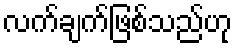
လက်ချက်ဖြစ်သည်ဟု